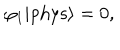
\varphi _ { 1 } | \mathrm { p h y s } \rangle = 0 ,